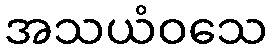
အသယံဝသေ